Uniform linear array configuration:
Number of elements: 8
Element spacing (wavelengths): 0.75
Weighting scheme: uniform
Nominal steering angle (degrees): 0
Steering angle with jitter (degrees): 0.2782
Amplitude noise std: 0.05
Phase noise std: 0.05

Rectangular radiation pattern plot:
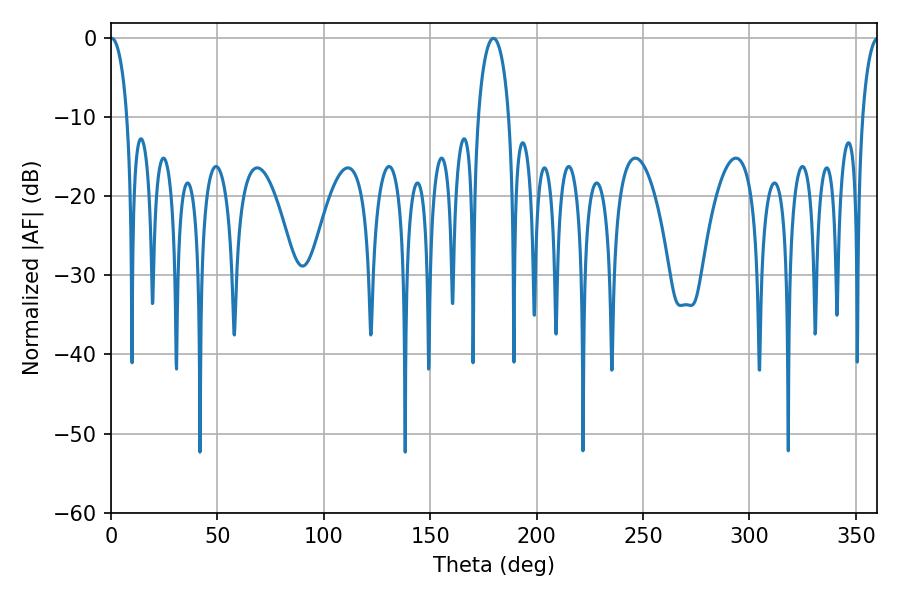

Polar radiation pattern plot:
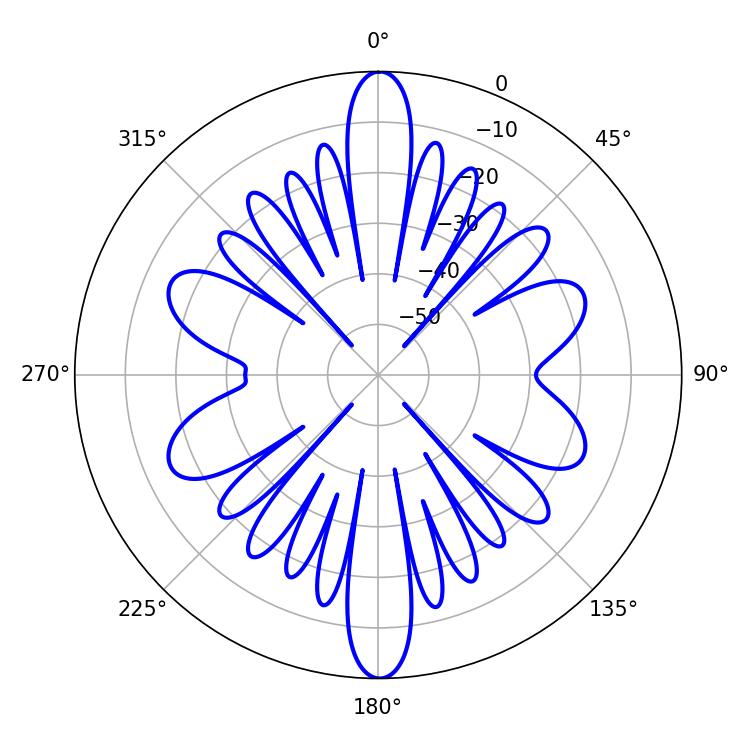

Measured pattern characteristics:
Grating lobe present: TRUE
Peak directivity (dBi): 31.282
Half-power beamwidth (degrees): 4.5
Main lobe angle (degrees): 0.36